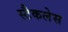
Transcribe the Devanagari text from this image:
स्टैकलेस